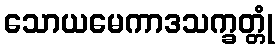
သောယမေကာဒသက္ခတ္တုံ